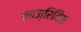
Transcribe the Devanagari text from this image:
लाज़रिदिस